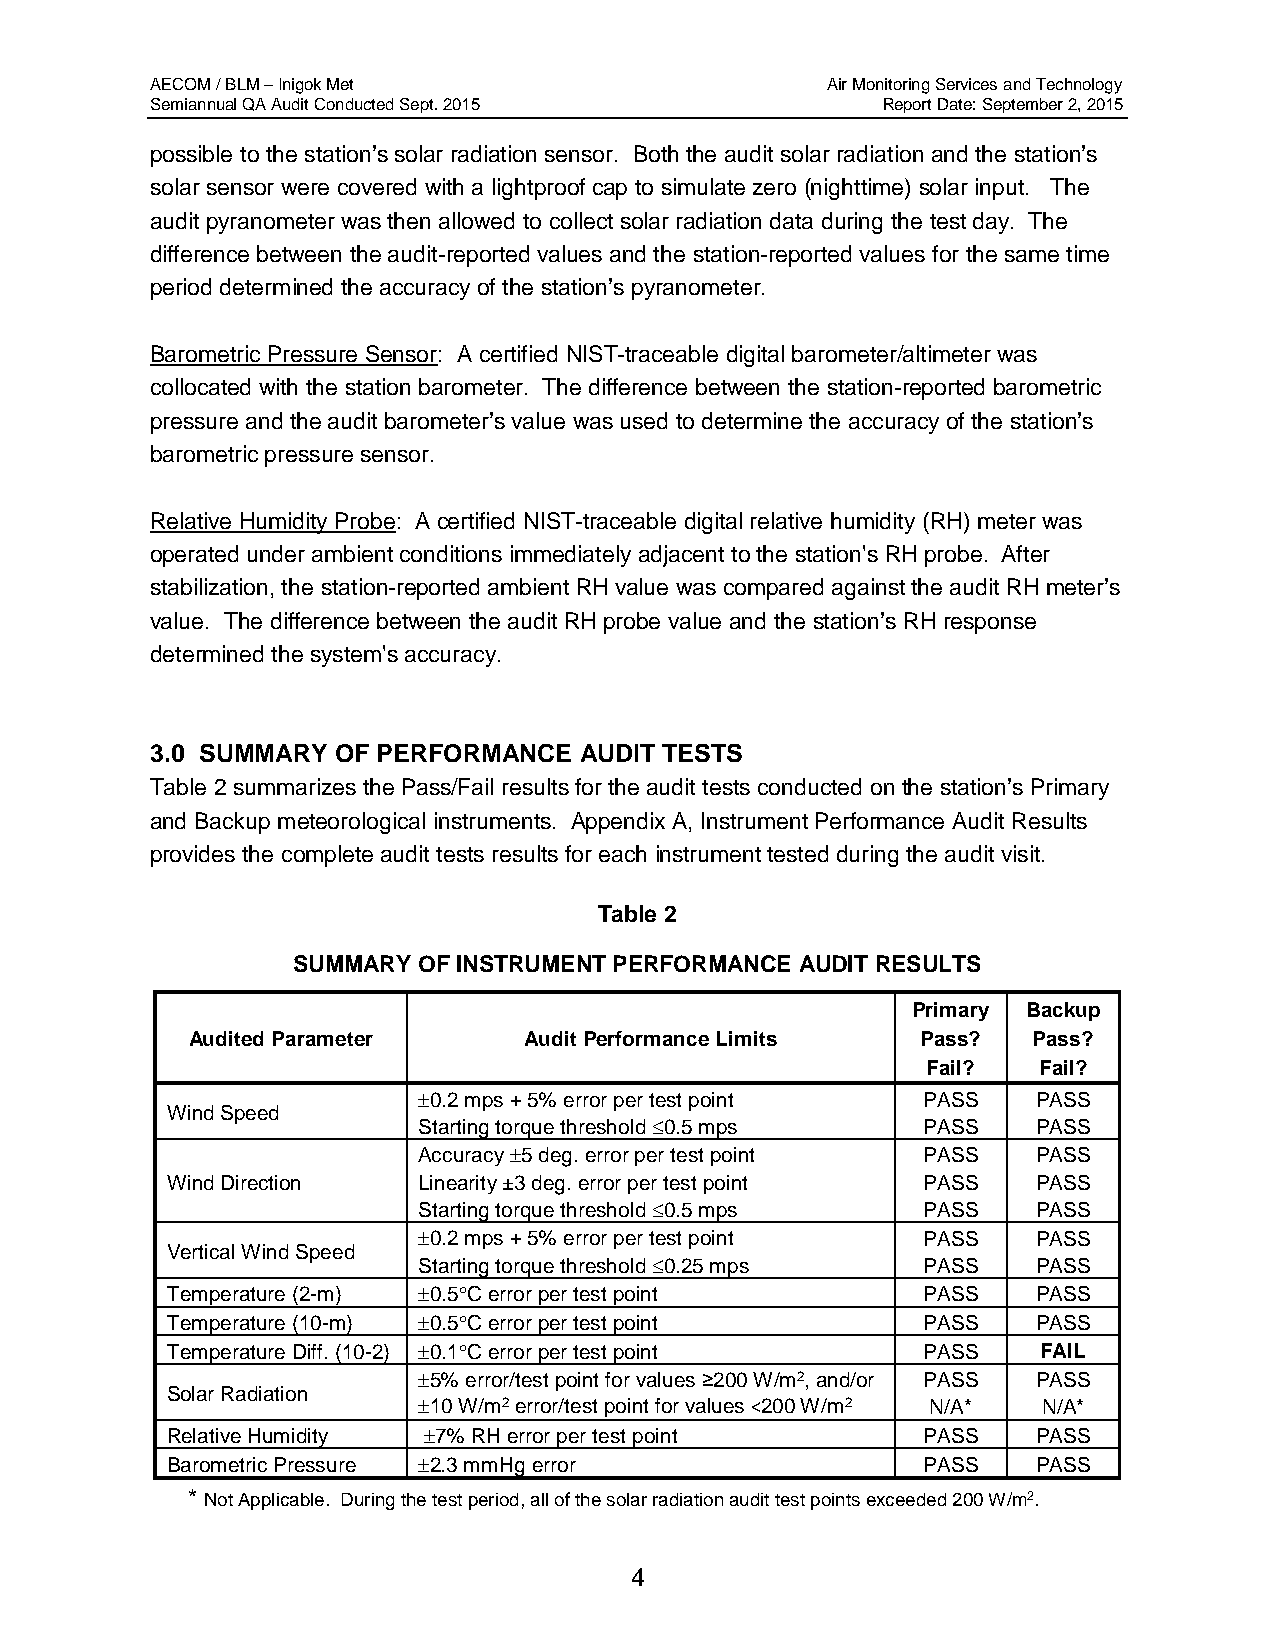
AECOM / BLM – Inigok Met                     Air Monitoring Services and Technology
 Semiannual QA Audit Conducted Sept. 2015        Report Date: September 2, 2015
 possible to the station’s solar radiation sensor. Both the audit solar radiation and the station’s
 solar sensor were covered with a lightproof cap to simulate zero (nighttime) solar input. The
 audit pyranometer was then allowed to collect solar radiation data during the test day. The
 difference between the audit-reported values and the station-reported values for the same time
 period determined the accuracy of the station’s pyranometer.
 Barometric Pressure Sensor: A certified NIST-traceable digital barometer/altimeter was
 collocated with the station barometer. The difference between the station-reported barometric
 pressure and the audit barometer’s value was used to determine the accuracy of the station’s
 barometric pressure sensor.
 Relative Humidity Probe: A certified NIST-traceable digital relative humidity (RH) meter was
 operated under ambient conditions immediately adjacent to the station's RH probe. After
 stabilization, the station-reported ambient RH value was compared against the audit RH meter’s
 value. The difference between the audit RH probe value and the station’s RH response
 determined the system's accuracy.
 3.0 SUMMARY OF PERFORMANCE  AUDIT TESTS
 Table 2 summarizes the Pass/Fail results for the audit tests conducted on the station’s Primary
 and Backup meteorological instruments. Appendix A, Instrument Performance Audit Results
 provides the complete audit tests results for each instrument tested during the audit visit.
 Table 2
 SUMMARY  OF INSTRUMENT PERFORMANCE AUDIT RESULTS
 Primary Backup
 Audited Parameter      Audit Performance Limits  Pass?  Pass?
 Fail?   Fail?
 ±0.2 mps + 5% error per test point PASS  PASS
 Wind Speed
 Starting torque threshold ≤0.5 mps PASS  PASS
 Accuracy ±5 deg. error per test point PASS PASS
 Wind Direction   Linearity ±3 deg. error per test point PASS PASS
 Starting torque threshold ≤0.5 mps PASS  PASS
 ±0.2 mps + 5% error per test point PASS  PASS
 Vertical Wind Speed
 Starting torque threshold ≤0.25 mps PASS PASS
 Temperature (2-m) ±0.5°C error per test point     PASS    PASS
 Temperature (10-m) ±0.5°C error per test point    PASS    PASS
 Temperature Diff. (10-2) ±0.1°C error per test point PASS FAIL
 ±5% error/test point for values ≥200 W/m2, and/or PASS PASS
 Solar Radiation
 ±10 W/m2 error/test point for values <200 W/m2 N/A* N/A*
 Relative Humidity ±7% RH error per test point     PASS    PASS
 Barometric Pressure ±2.3 mmHg error               PASS    PASS
 * Not Applicable. During the test period, all of the solar radiation audit test points exceeded 200 W/m2.
 4